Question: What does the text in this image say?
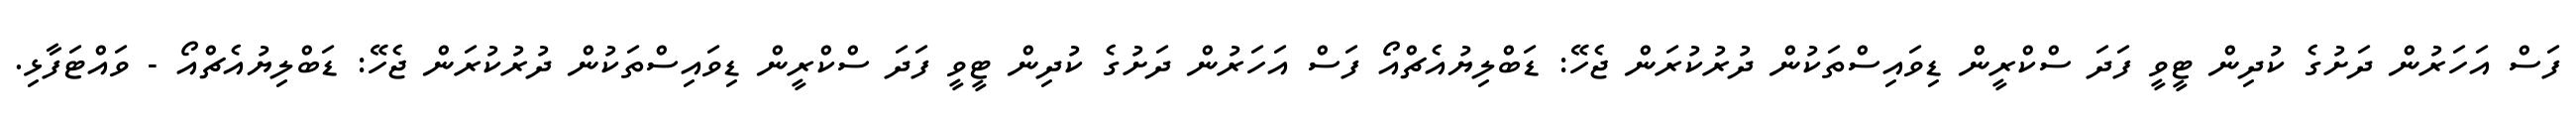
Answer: ފަސް އަހަރުން ދަށުގެ ކުދިން ޓީވީ ފަދަ ސްކްރީން ޑިވައިސްތަކުން ދުރުކުރަން ޖެހޭ: ޑަބްލިޔުއެޗްއޯ ފަސް އަހަރުން ދަށުގެ ކުދިން ޓީވީ ފަދަ ސްކްރީން ޑިވައިސްތަކުން ދުރުކުރަން ޖެހޭ: ޑަބްލިޔުއެޗްއޯ - ވައްޓަފާޅި.